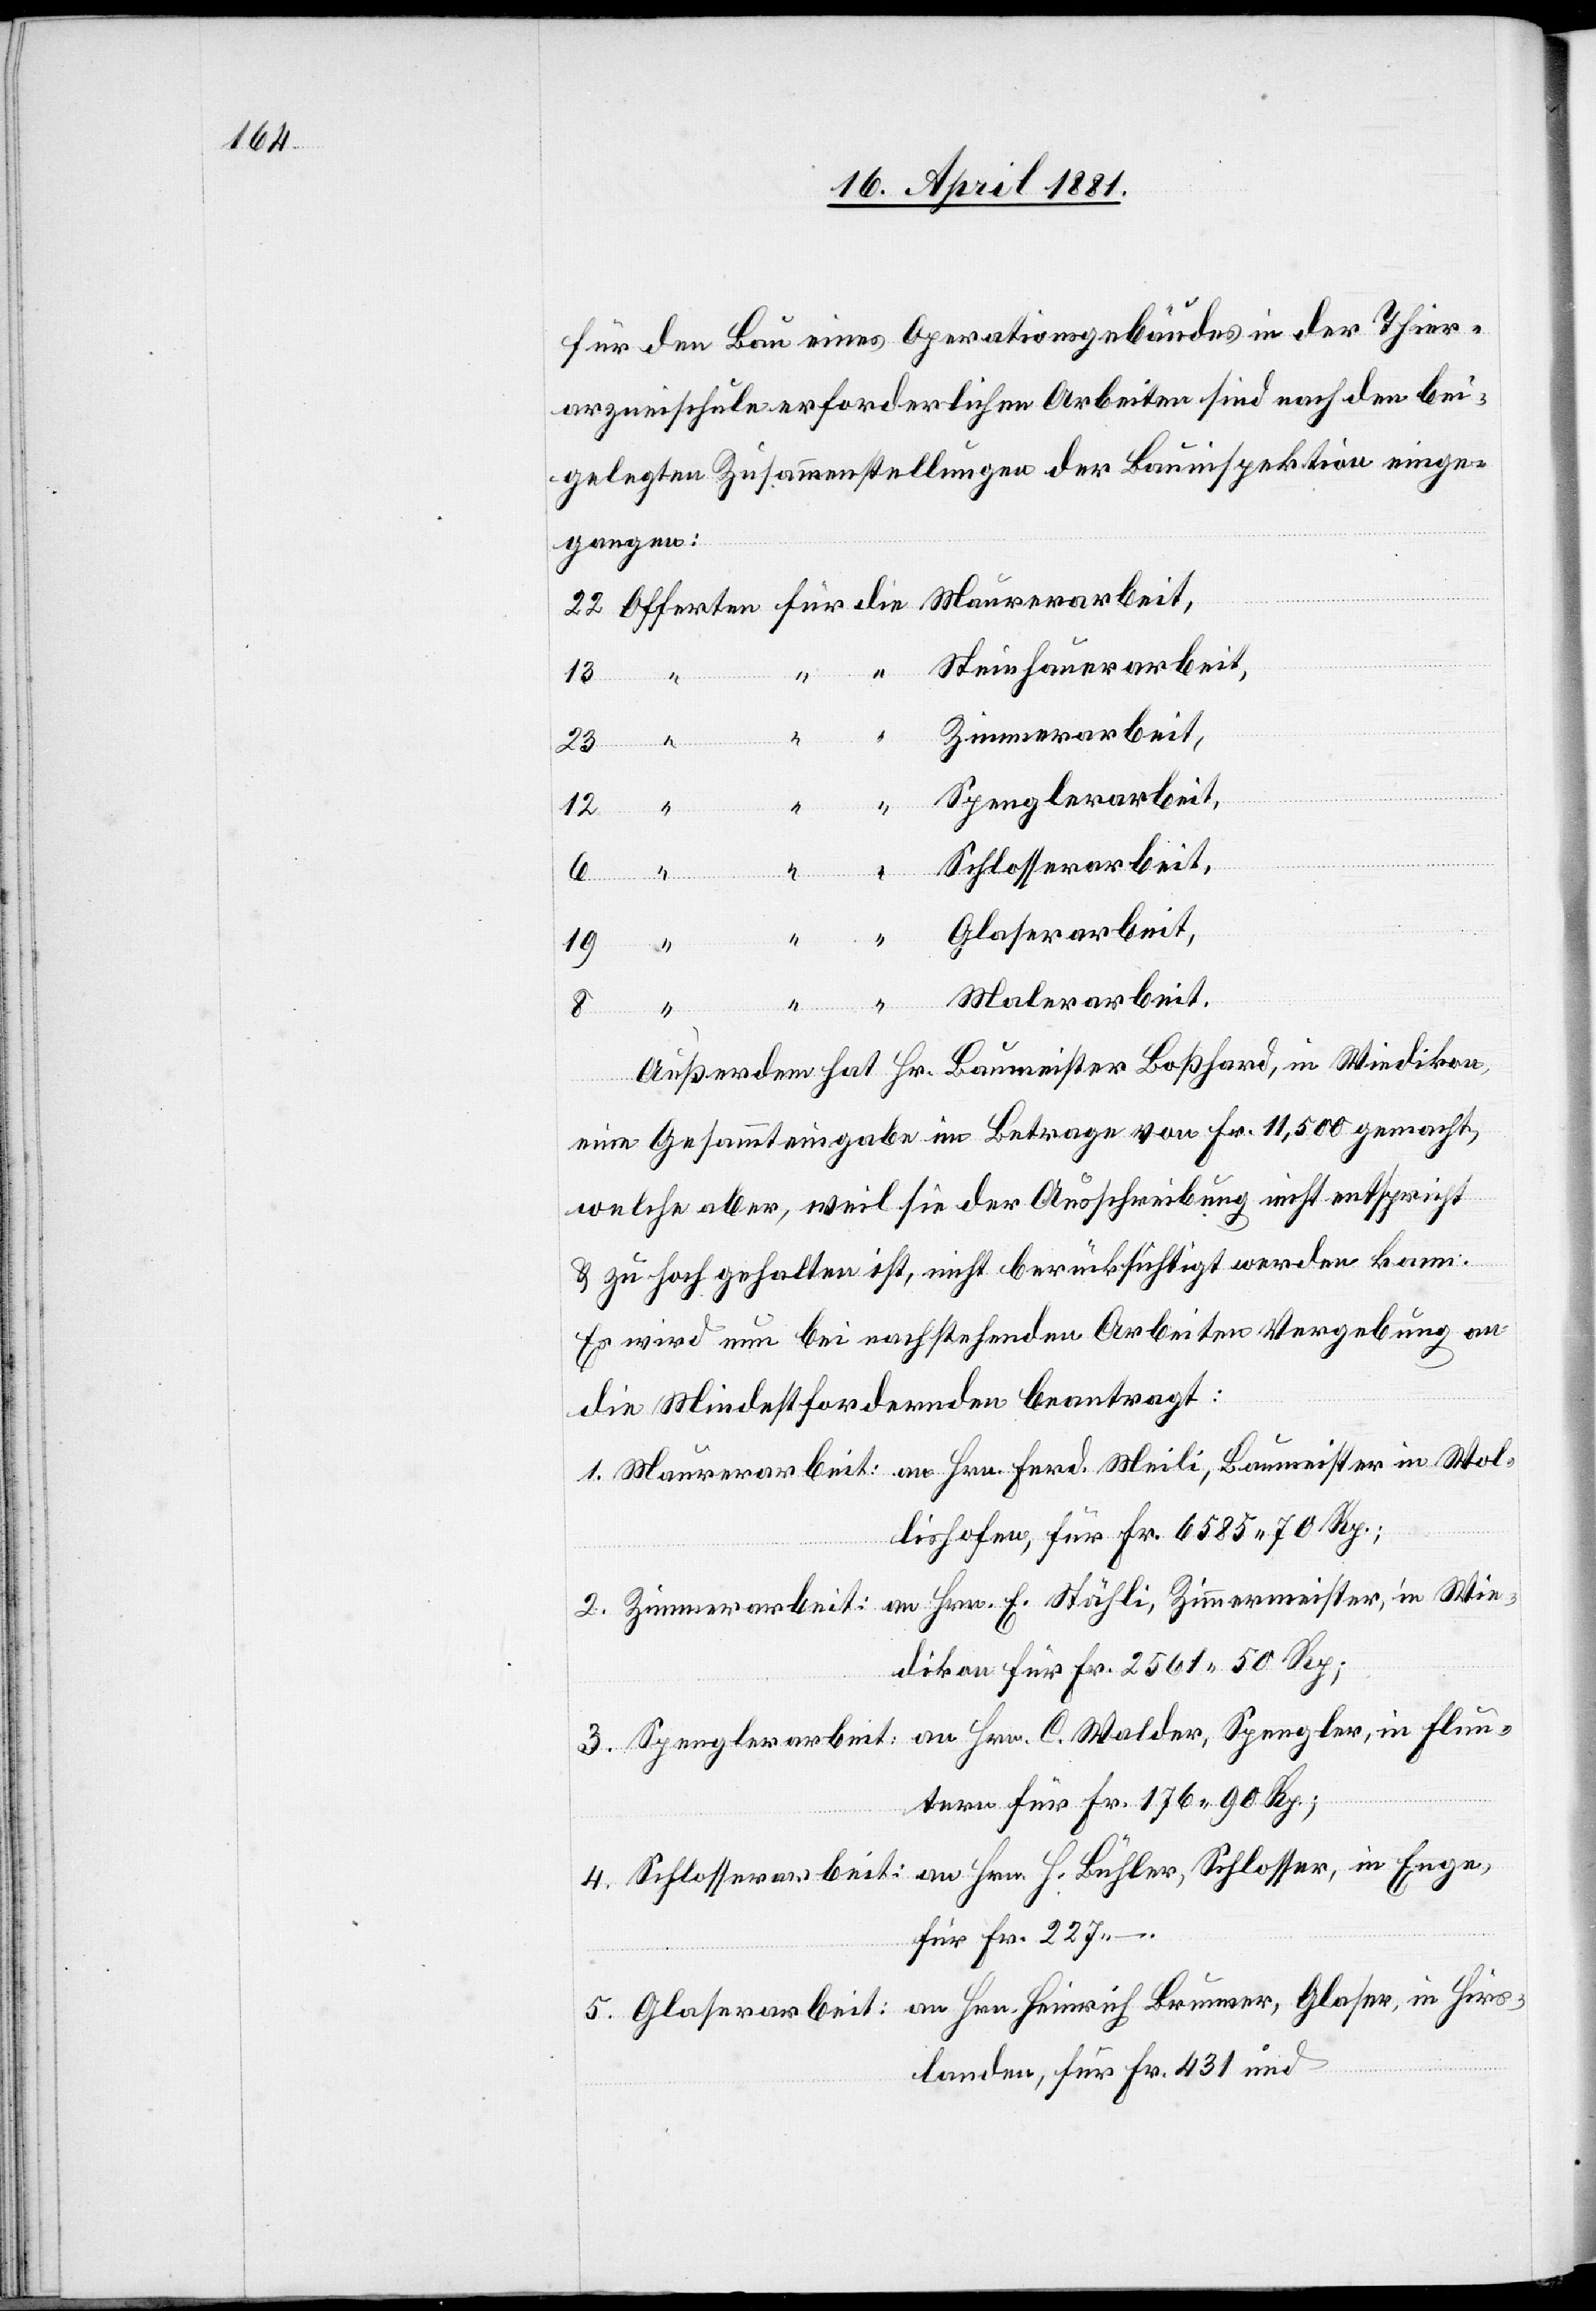
für den Bau eines Operationsgebäudes in der Thier¬
arzneischule erforderlichen Arbeiten sind nach den bei¬
gelegten Zusammenstellungen der Bauinspektion einge¬
gangen:
Steinhauerarbeit,
Glaser, in Hirs¬
13
1.
Zimmerarbeit:
23
Spenglerarbeit:
Hrn.
4.
Glaserarbeit:
Walder, Spengler, in
19
Maurerarbeit:
5.
Außerdem hat Hr. Baumeister Boßhard, in Wiedikon,
eine Gesammteingabe im Betrage von Fr. 11,500 gemacht
welche aber, weil sie der Ausschreibung nicht entspricht
& zu hoch gehalten ist, nicht berücksichtigt werden kann.
Es wird nun bei nachstehenden Arbeiten Vergebung an
die Mindestfordernden beantragt:
lishofen, für Fr. 6580. 70 Rp.;
dikon für Fr. 2561. 50 Rp.;
tern für Fr. 176. 90 Rp.;
für Fr. 227. –;
landen, für Fr. 431 und